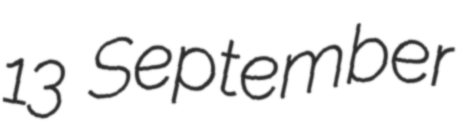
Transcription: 13 September